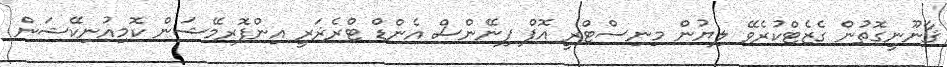
ޤާނޫނީގޮތުން ގެޒެޓްކުރެވޭ ލިޔުން މިނިސްޓްރީ އޮފް ފިނޭންސް އެންޑް ޓްރެޜަރީ އިންފޮރމޭޝަން ކޮމިއުނިކޭޝަން